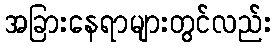
အခြားနေရာများတွင်လည်း